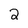
Character: 2